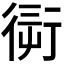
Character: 𧗭